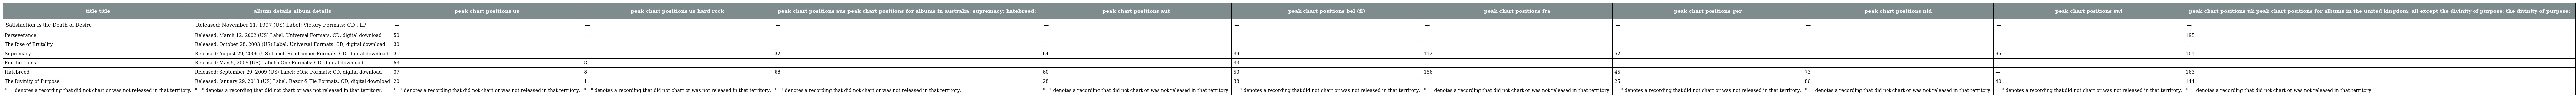
| title title | album details album details | peak chart positions us | peak chart positions us hard rock | peak chart positions aus peak chart positions for albums in australia: supremacy: hatebreed: | peak chart positions aut | peak chart positions bel (fl) | peak chart positions fra | peak chart positions ger | peak chart positions nld | peak chart positions swi | peak chart positions uk peak chart positions for albums in the united kingdom: all except the divinity of purpose: the divinity of purpose: |
 | --- | --- | --- | --- | --- | --- | --- | --- | --- | --- | --- | --- |
 | Satisfaction Is the Death of Desire | Released: November 11, 1997 (US) Label: Victory Formats: CD , LP | — | — | — | — | — | — | — | — | — | — |
 | Perseverance | Released: March 12, 2002 (US) Label: Universal Formats: CD, digital download | 50 | — | — | — | — | — | — | — | — | 195 |
 | The Rise of Brutality | Released: October 28, 2003 (US) Label: Universal Formats: CD, digital download | 30 | — | — | — | — | — | — | — | — | — |
 | Supremacy | Released: August 29, 2006 (US) Label: Roadrunner Formats: CD, digital download | 31 | — | 32 | 64 | 89 | 112 | 52 | — | 95 | 101 |
 | For the Lions | Released: May 5, 2009 (US) Label: eOne Formats: CD, digital download | 58 | 8 | — | — | 88 | — | — | — | — | — |
 | Hatebreed | Released: September 29, 2009 (US) Label: eOne Formats: CD, digital download | 37 | 8 | 68 | 60 | 50 | 156 | 45 | 73 | — | 163 |
 | The Divinity of Purpose | Released: January 29, 2013 (US) Label: Razor & Tie Formats: CD, digital download | 20 | 1 | — | 28 | 38 | — | 25 | 86 | 40 | 144 |
 | "—" denotes a recording that did not chart or was not released in that territory. | "—" denotes a recording that did not chart or was not released in that territory. | "—" denotes a recording that did not chart or was not released in that territory. | "—" denotes a recording that did not chart or was not released in that territory. | "—" denotes a recording that did not chart or was not released in that territory. | "—" denotes a recording that did not chart or was not released in that territory. | "—" denotes a recording that did not chart or was not released in that territory. | "—" denotes a recording that did not chart or was not released in that territory. | "—" denotes a recording that did not chart or was not released in that territory. | "—" denotes a recording that did not chart or was not released in that territory. | "—" denotes a recording that did not chart or was not released in that territory. | "—" denotes a recording that did not chart or was not released in that territory. |